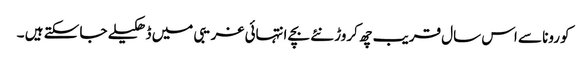
کورونا سے اس سال قریب چھ کروڑ نئے بچے انتہائی غریبی میں ڈھکیلے جا سکتے ہیں ۔